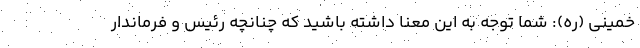
خمینی (ره): شما توجه به این معنا داشته باشید که چنانچه رئیس و فرماندار